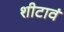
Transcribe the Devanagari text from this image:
शीटावं